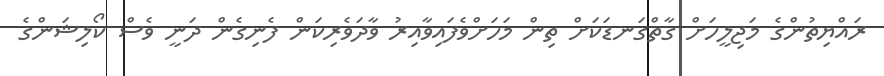
ރައްޔިތުންގެ މަޖިލީހަށް ގާތްގަނޑަކަށް ތިން މަހަށްވެފައިވާއިރު ވާދަވެރިކަން ފެނިގެން ދަނީ ވެސް ކޯލިޝަންގެ